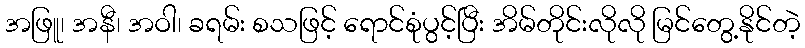
အဖြူ၊ အနီ၊ အဝါ၊ ခရမ်း စသဖြင့် ရောင်စုံပွင့်ပြီး အိမ်တိုင်းလိုလို မြင်တွေ့နိုင်တဲ့